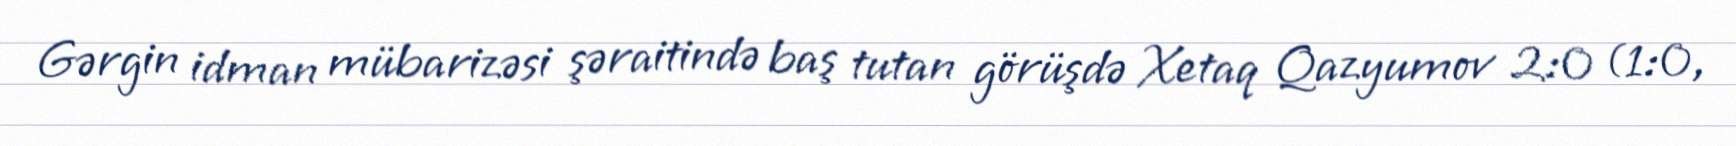
Gərgin idman mübarizəsi şəraitində baş tutan görüşdə Xetaq Qazyumov 2:0 (1:0,